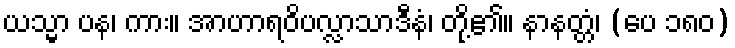
ယသ္မာ ပန၊ ကား။ အာဟာရဝိပလ္လာသာဒီနံ၊ တို့၏။ နာနတ္တံ၊ (ပေ ၁၈၀)